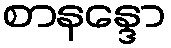
စာနန္ဒော